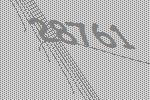
28761